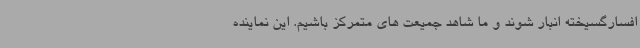
افسارگسیخته انبار شوند و ما شاهد جمیعت های متمرکز باشیم. این نماینده